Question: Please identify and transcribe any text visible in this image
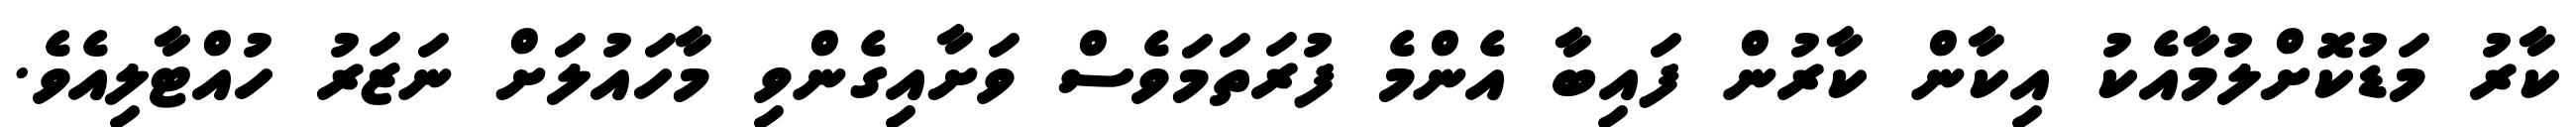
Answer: ކާރު މަޑުކޮށްލުމާއެކު އިކާން ކާރުން ފައިބާ އެންމެ ފުރަތަމަވެސް ވަށާއިގެންވި މާހައުލަށް ނަޒަރު ހުއްޓާލިއެވެ.